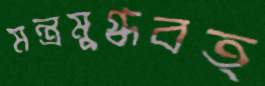
মন্ত্রমুগ্ধবত্